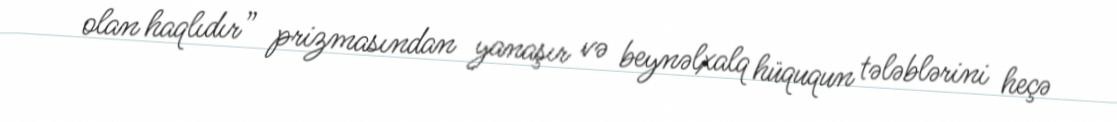
olan haqlıdır” prizmasından yanaşır və beynəlxalq hüququn tələblərini heçə